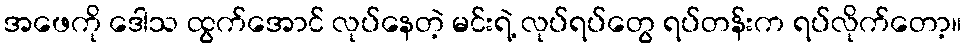
အဖေကို ဒေါသ ထွက်အောင် လုပ်နေတဲ့ မင်းရဲ့ လုပ်ရပ်တွေ ရပ်တန်းက ရပ်လိုက်တော့။